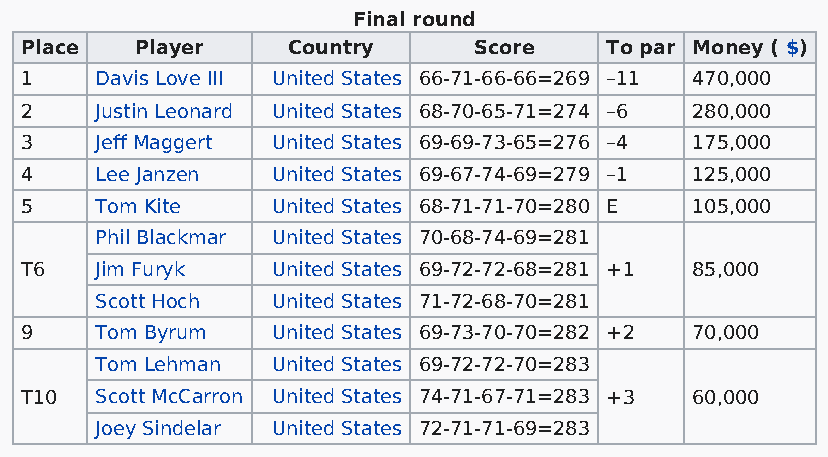
Final round
 Place   Player    Country     Score    To par Money ( $)
 1    Davis Love III United States 66-71-66-66=269 –11 470,000
 2    Justin Leonard United States 68-70-65-71=274 –6 280,000
 3    Jeff Maggert United States 69-69-73-65=276 –4 175,000
 4    Lee Janzen  United States 69-67-74-69=279 –1 125,000
 5    Tom Kite    United States 68-71-71-70=280 E 105,000
 Phil Blackmar United States 70-68-74-69=281
 T6   Jim Furyk   United States 69-72-72-68=281 +1 85,000
 Scott Hoch  United States 71-72-68-70=281
 9    Tom Byrum   United States 69-73-70-70=282 +2 70,000
 Tom Lehman  United States 69-72-72-70=283
 T10  Scott McCarron United States 74-71-67-71=283 +3 60,000
 Joey Sindelar United States 72-71-71-69=283